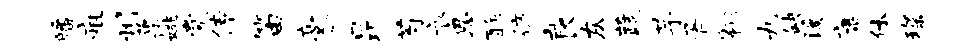
皤疽州蕖姚觉传笛豪昆芍衣恩酢彷良灰蔬芋胥翱九缺溪康休琛